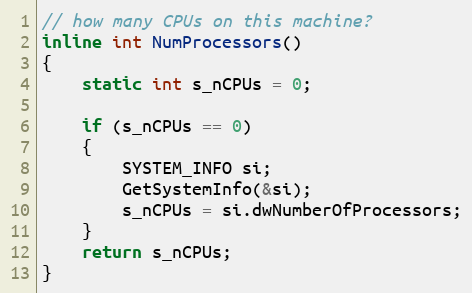
Language: C
// how many CPUs on this machine?
inline int NumProcessors()
{
    static int s_nCPUs = 0;

    if (s_nCPUs == 0)
    {
        SYSTEM_INFO si;
        GetSystemInfo(&si);
        s_nCPUs = si.dwNumberOfProcessors;
    }
    return s_nCPUs;
}